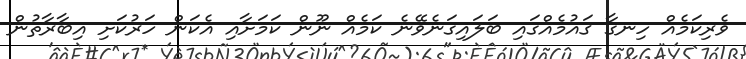
ވެރިކަމެއް ހިނގާ ޤައުމެއްގައި ބަލައިގަނެވޭނެ ކަމެއް ނޫން ކަމަށާއި އެކަން ހަރުކަށި އިބާރާތުން